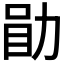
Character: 𫦲